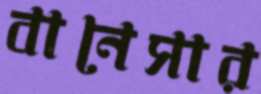
বানেসার